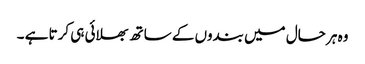
وہ ہر حال میں بندوں کے ساتھ بھلائی ہی کرتا ہے ۔